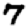
Digit: 7